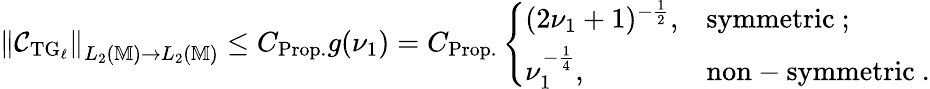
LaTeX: \begin{array}{r}{\left\| \mathcal{C}_{\mathrm{TG}_{\ell}}\right\| _{L_{2}(\mathbb{M})\to L_{2}(\mathbb{M})}\le C_{\mathrm{Prop.}}g(\nu_{1})=C_{\mathrm{Prop.}}\left\{ \begin{array}{ll}{(2\nu_{1}+1)^{-\frac{1}{2}},}&{\mathrm{symmetric~};}\\ {\nu_{1}^{-\frac{1}{4}},}&{\mathrm{non-symmetric~}.}\end{array}\right.}\end{array}